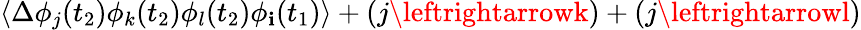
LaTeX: \langle\Delta\phi_{j}(t_{2})\phi_{k}(t_{2})\phi_{l}(t_{2})\phi_{\mathbf{i}}(t_{1})\rangle+(j\leftrightarrowk)+(j\leftrightarrowl)